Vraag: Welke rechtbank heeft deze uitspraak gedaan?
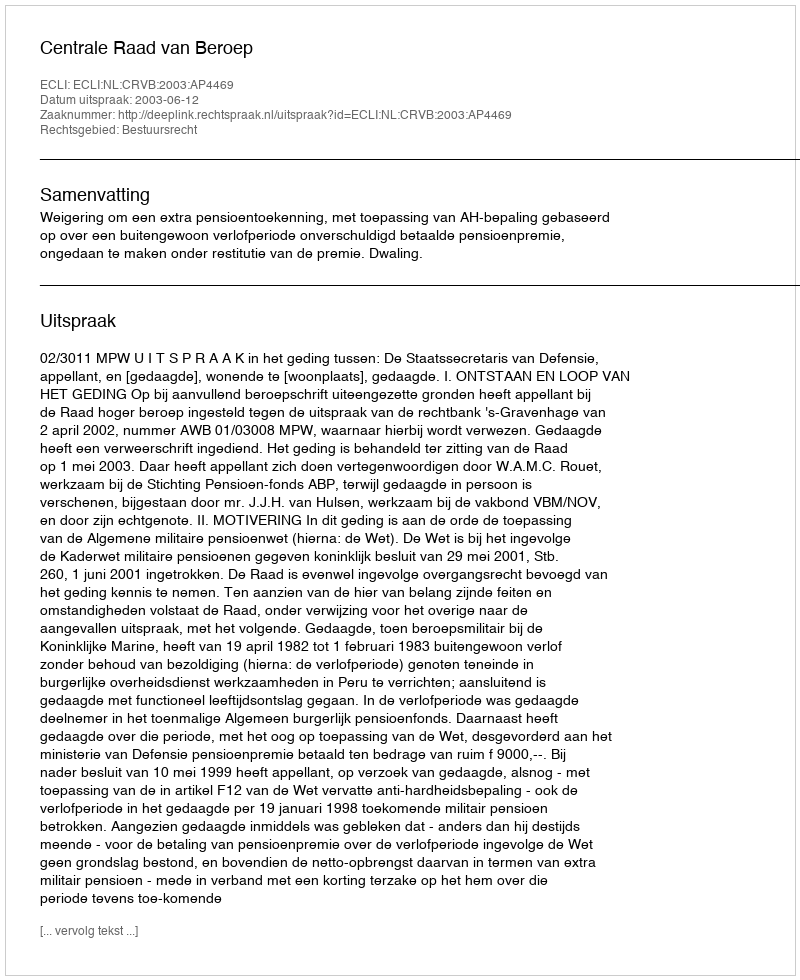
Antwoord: Centrale Raad van Beroep